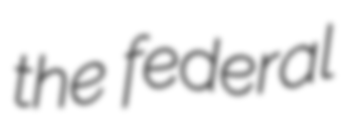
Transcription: the federal